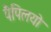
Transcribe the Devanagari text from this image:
पैपिलयो